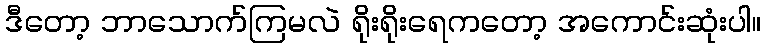
ဒီတော့ ဘာသောက်ကြမလဲ ရိုးရိုးရေကတော့ အကောင်းဆုံးပါ။